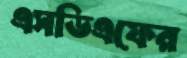
এসডিএফের